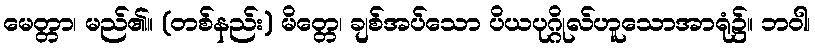
မေတ္တာ၊ မည်၏။ (တစ်နည်း) မိတ္တေ၊ ချစ်အပ်သော ပိယပုဂ္ဂိုလ်ဟူသောအာရုံ၌။ ဘဝါ၊